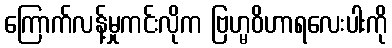
ကြောက်လန့်မှုကင်းလိုက ဗြဟ္မဝိဟာရလေးပါးကို